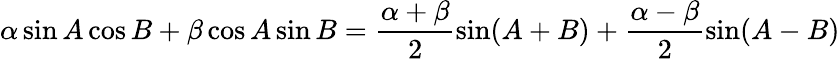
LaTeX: \alpha\sin A\cos B+\beta\cos A\sin B=\frac{\alpha+\beta}{2}\sin(A+B)+\frac{\alpha-\beta}{2}\sin(A-B)